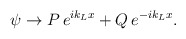
\begin{align*}\psi\rightarrow P\, e^{ik_L x} + Q\, e^{-ik_L x}.\end{align*}